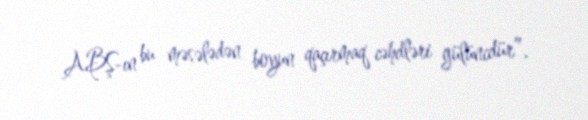
ABŞ-ın bu məsələdən boyun qaçırmaq cəhdləri gülüncdür”.